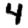
Digit: 4